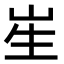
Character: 𭺱